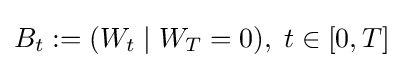
B_{t}:=(W_{t}\mid W_{T}=0),\;t\in [0,T]